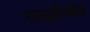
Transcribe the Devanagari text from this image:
राज्याभिशेख